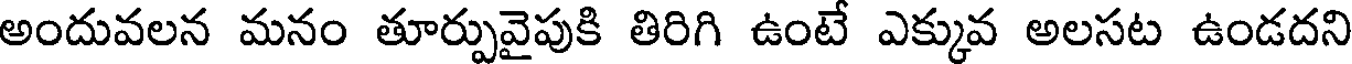
అందువలన మనం తూర్పువైపుకి తిరిగి ఉంటే ఎక్కువ అలసట ఉండదని